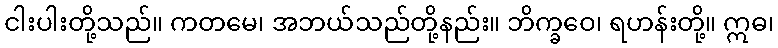
ငါးပါးတို့သည်။ ကတမေ၊ အဘယ်သည်တို့နည်း။ ဘိက္ခဝေ၊ ရဟန်းတို့။ ဣဓ၊